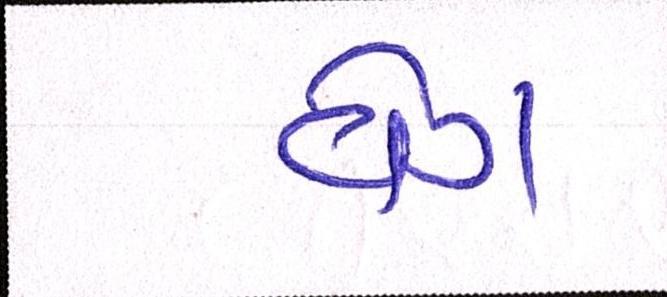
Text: વેગ